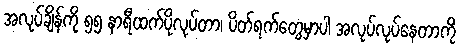
အလုပ်ချိန်ကို ၅၅ နာရီထက်ပိုလုပ်တာ၊ ပိတ်ရက်တွေမှာပါ အလုပ်လုပ်နေတာကို